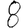
Digit: 8